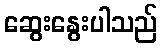
ဆွေးနွေးပါသည်